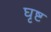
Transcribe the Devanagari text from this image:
घृष्ट